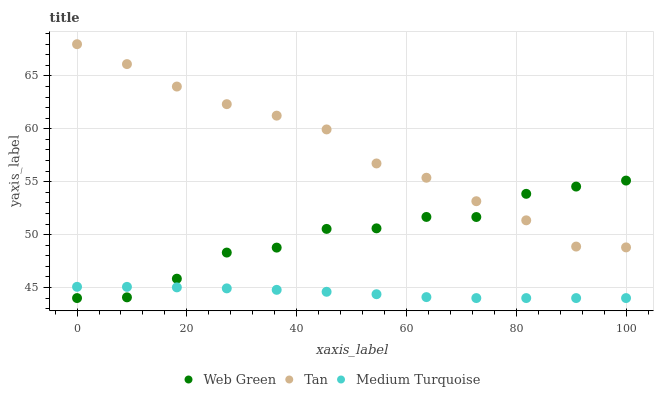
| xaxis_label | Web Green | Tan | Medium Turquoise |
 | --- | --- | --- | --- |
 | 0 | 44 | 68 | 45.1 |
 | 9.09 | 44.1 | 66.1 | 45.1 |
 | 18.2 | 45.8 | 64 | 45 |
 | 27.3 | 48.3 | 62.3 | 44.9 |
 | 36.4 | 48.8 | 61.2 | 44.8 |
 | 45.5 | 50.5 | 59.9 | 44.6 |
 | 54.5 | 50.6 | 56.7 | 44.4 |
 | 63.6 | 51.7 | 55.4 | 44.1 |
 | 72.7 | 51.7 | 53.2 | 44 |
 | 81.8 | 53.9 | 51.3 | 44 |
 | 90.9 | 54.5 | 48.9 | 44 |
 | 100 | 55.1 | 48.8 | 44 |